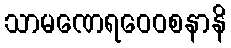
သာမဏေရဝေဝစနာနိ